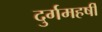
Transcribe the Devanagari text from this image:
दुर्गमहर्षी